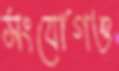
সংযোগও